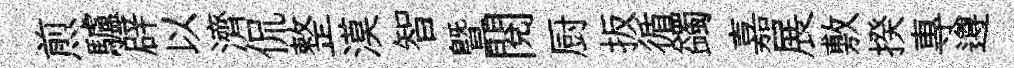
煎驢辟以濟侃整漠智暨閱厨扳循蠲嘉展敷揆專遵